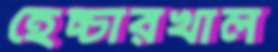
হেচ্চারখাল